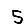
Digit: 5